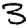
Digit: 3